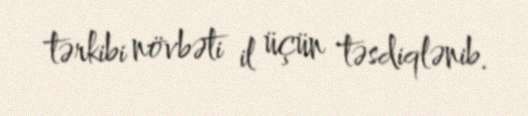
tərkibi növbəti il üçün təsdiqlənib.